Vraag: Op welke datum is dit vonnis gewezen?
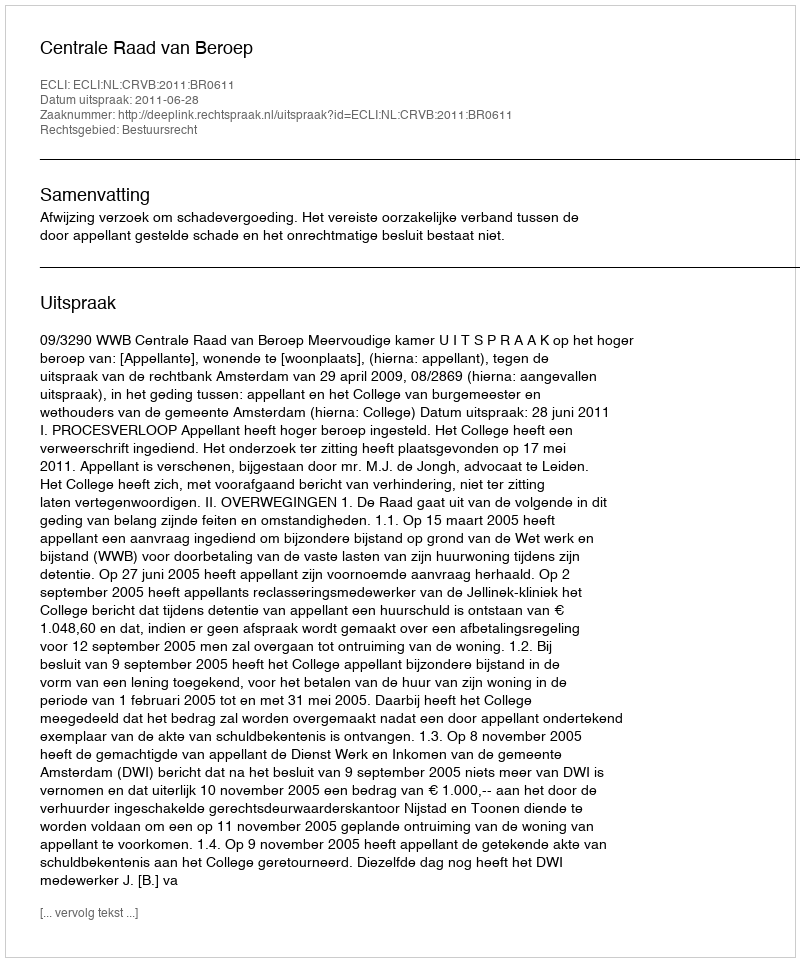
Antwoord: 2011-06-28